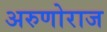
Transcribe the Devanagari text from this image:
अरुणोराज